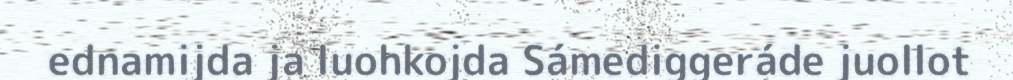
ednamijda ja luohkojda Sámediggeráde juollot